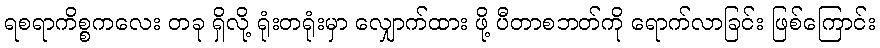
ရစရာကိစ္စကလေး တခု ရှိလို့ ရုံးတရုံးမှာ လျှောက်ထား ဖို့ ပီတာစဘတ်ကို ရောက်လာခြင်း ဖြစ်ကြောင်း